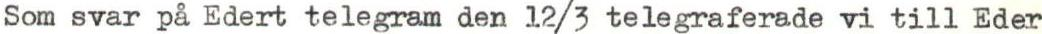
Som svar på Edert telegram den 12/3 telegraferade vi till Eder